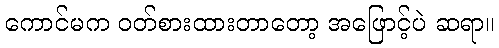
ကောင်မက ဝတ်စားထားတာတော့ အဖြောင့်ပဲ ဆရာ။